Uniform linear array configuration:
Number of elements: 4
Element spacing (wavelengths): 0.25
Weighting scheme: uniform
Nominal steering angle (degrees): -45
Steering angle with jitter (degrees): -46.997
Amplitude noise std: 0.05
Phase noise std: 0.05

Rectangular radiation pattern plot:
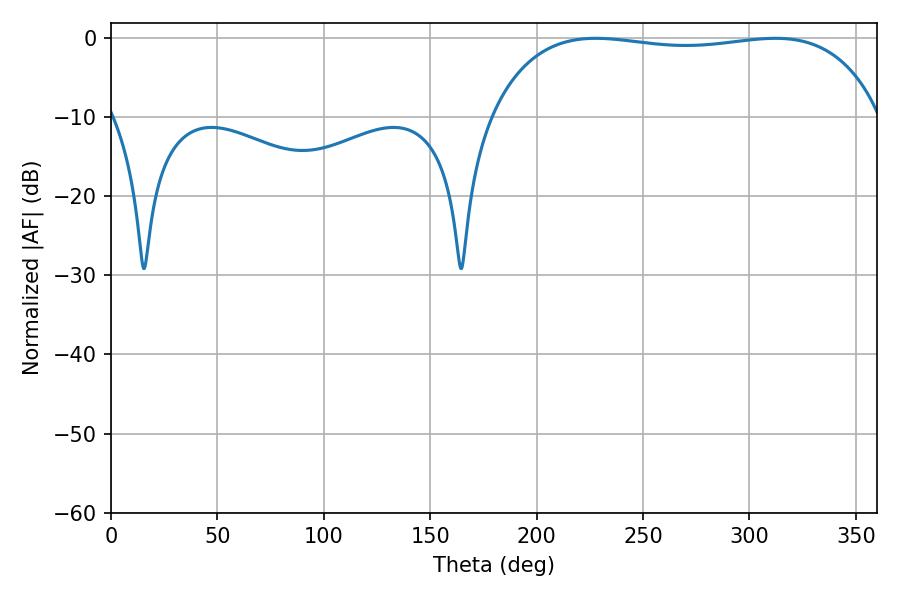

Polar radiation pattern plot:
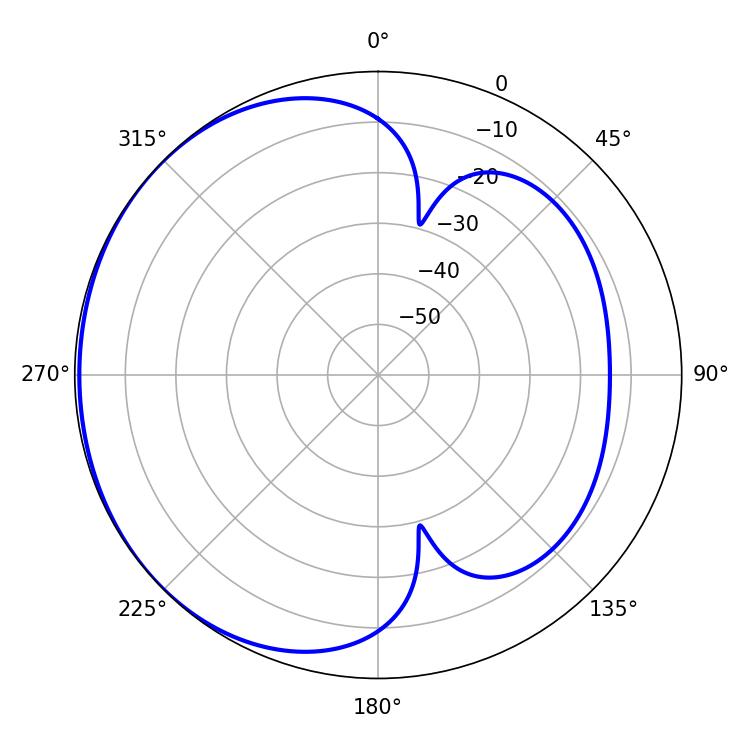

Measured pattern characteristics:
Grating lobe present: FALSE
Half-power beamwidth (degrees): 147.24
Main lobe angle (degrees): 227.7